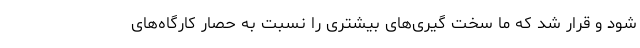
شود و قرار شد که ما سخت گیری‌های بیشتری را نسبت به حصار کارگاه‌های